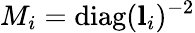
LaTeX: M_{i}=\textrm{diag}(\textbf{l}_{i})^{-2}